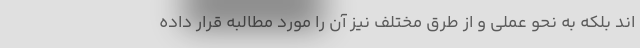
اند بلکه به نحو عملی و از طرق مختلف نیز آن را مورد مطالبه قرار داده